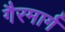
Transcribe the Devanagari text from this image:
गैरमार्ग